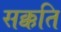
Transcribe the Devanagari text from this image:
सक्कति